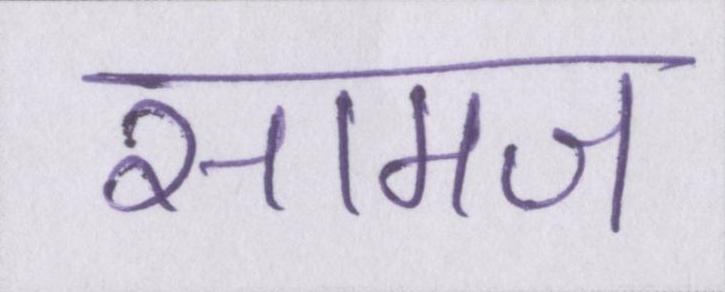
सामज